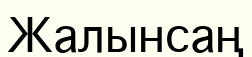
Жалынсаң